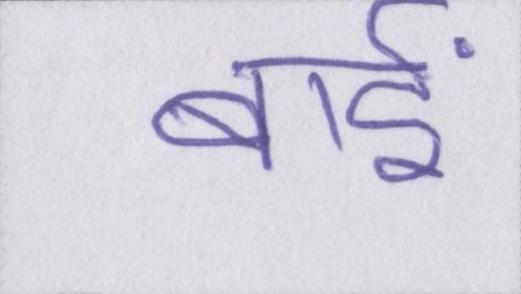
बाईं